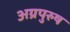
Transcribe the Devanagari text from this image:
अग्रपुरुष